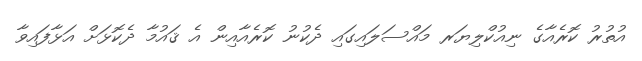
އުތުރު ކޮރެއާގެ ނިއުކްލިޔަރ މައްސަލައިގައި ދެކުނު ކޮރެއާއިން އެ ޤައުމާ ދެކޮޅަށް އަޅާފައިވާ